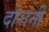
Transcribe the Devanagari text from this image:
दोरांनी